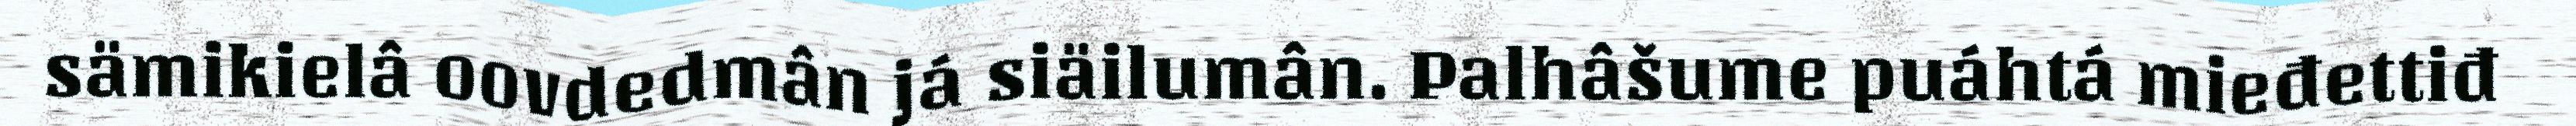
sämikielâ oovdedmân já siäilumân. Palhâšume puáhtá mieđettiđ